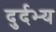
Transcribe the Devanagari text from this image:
दुर्दभ्य